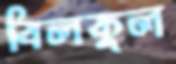
বিলকুল